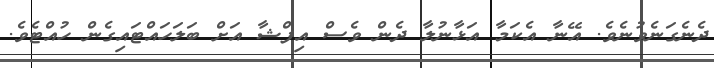
ދެނެގަނެވުނެވެ. އޭނާ އެކަމާ އަޅާނުލާ ދެން ވެސް އިފްޝާ އަށް ބަލަހައްޓައިގެން ހުއްޓެވެ.